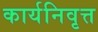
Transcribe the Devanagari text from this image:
कार्यनिवृत्त